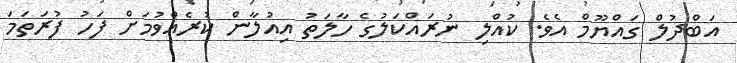
އަބްދުލް ގައްޔޫމް އެވެ. ކުއްލި ނުރައްކަލުގެ ހާލަތު އިއުލާން ކުރެއްވުމަށް ފަހު ފުރަތަމަ